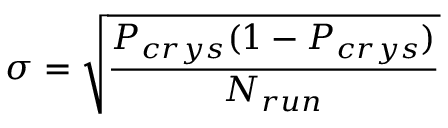
\sigma = \sqrt { \frac { P _ { c r y s } ( 1 - P _ { c r y s } ) } { N _ { r u n } } }